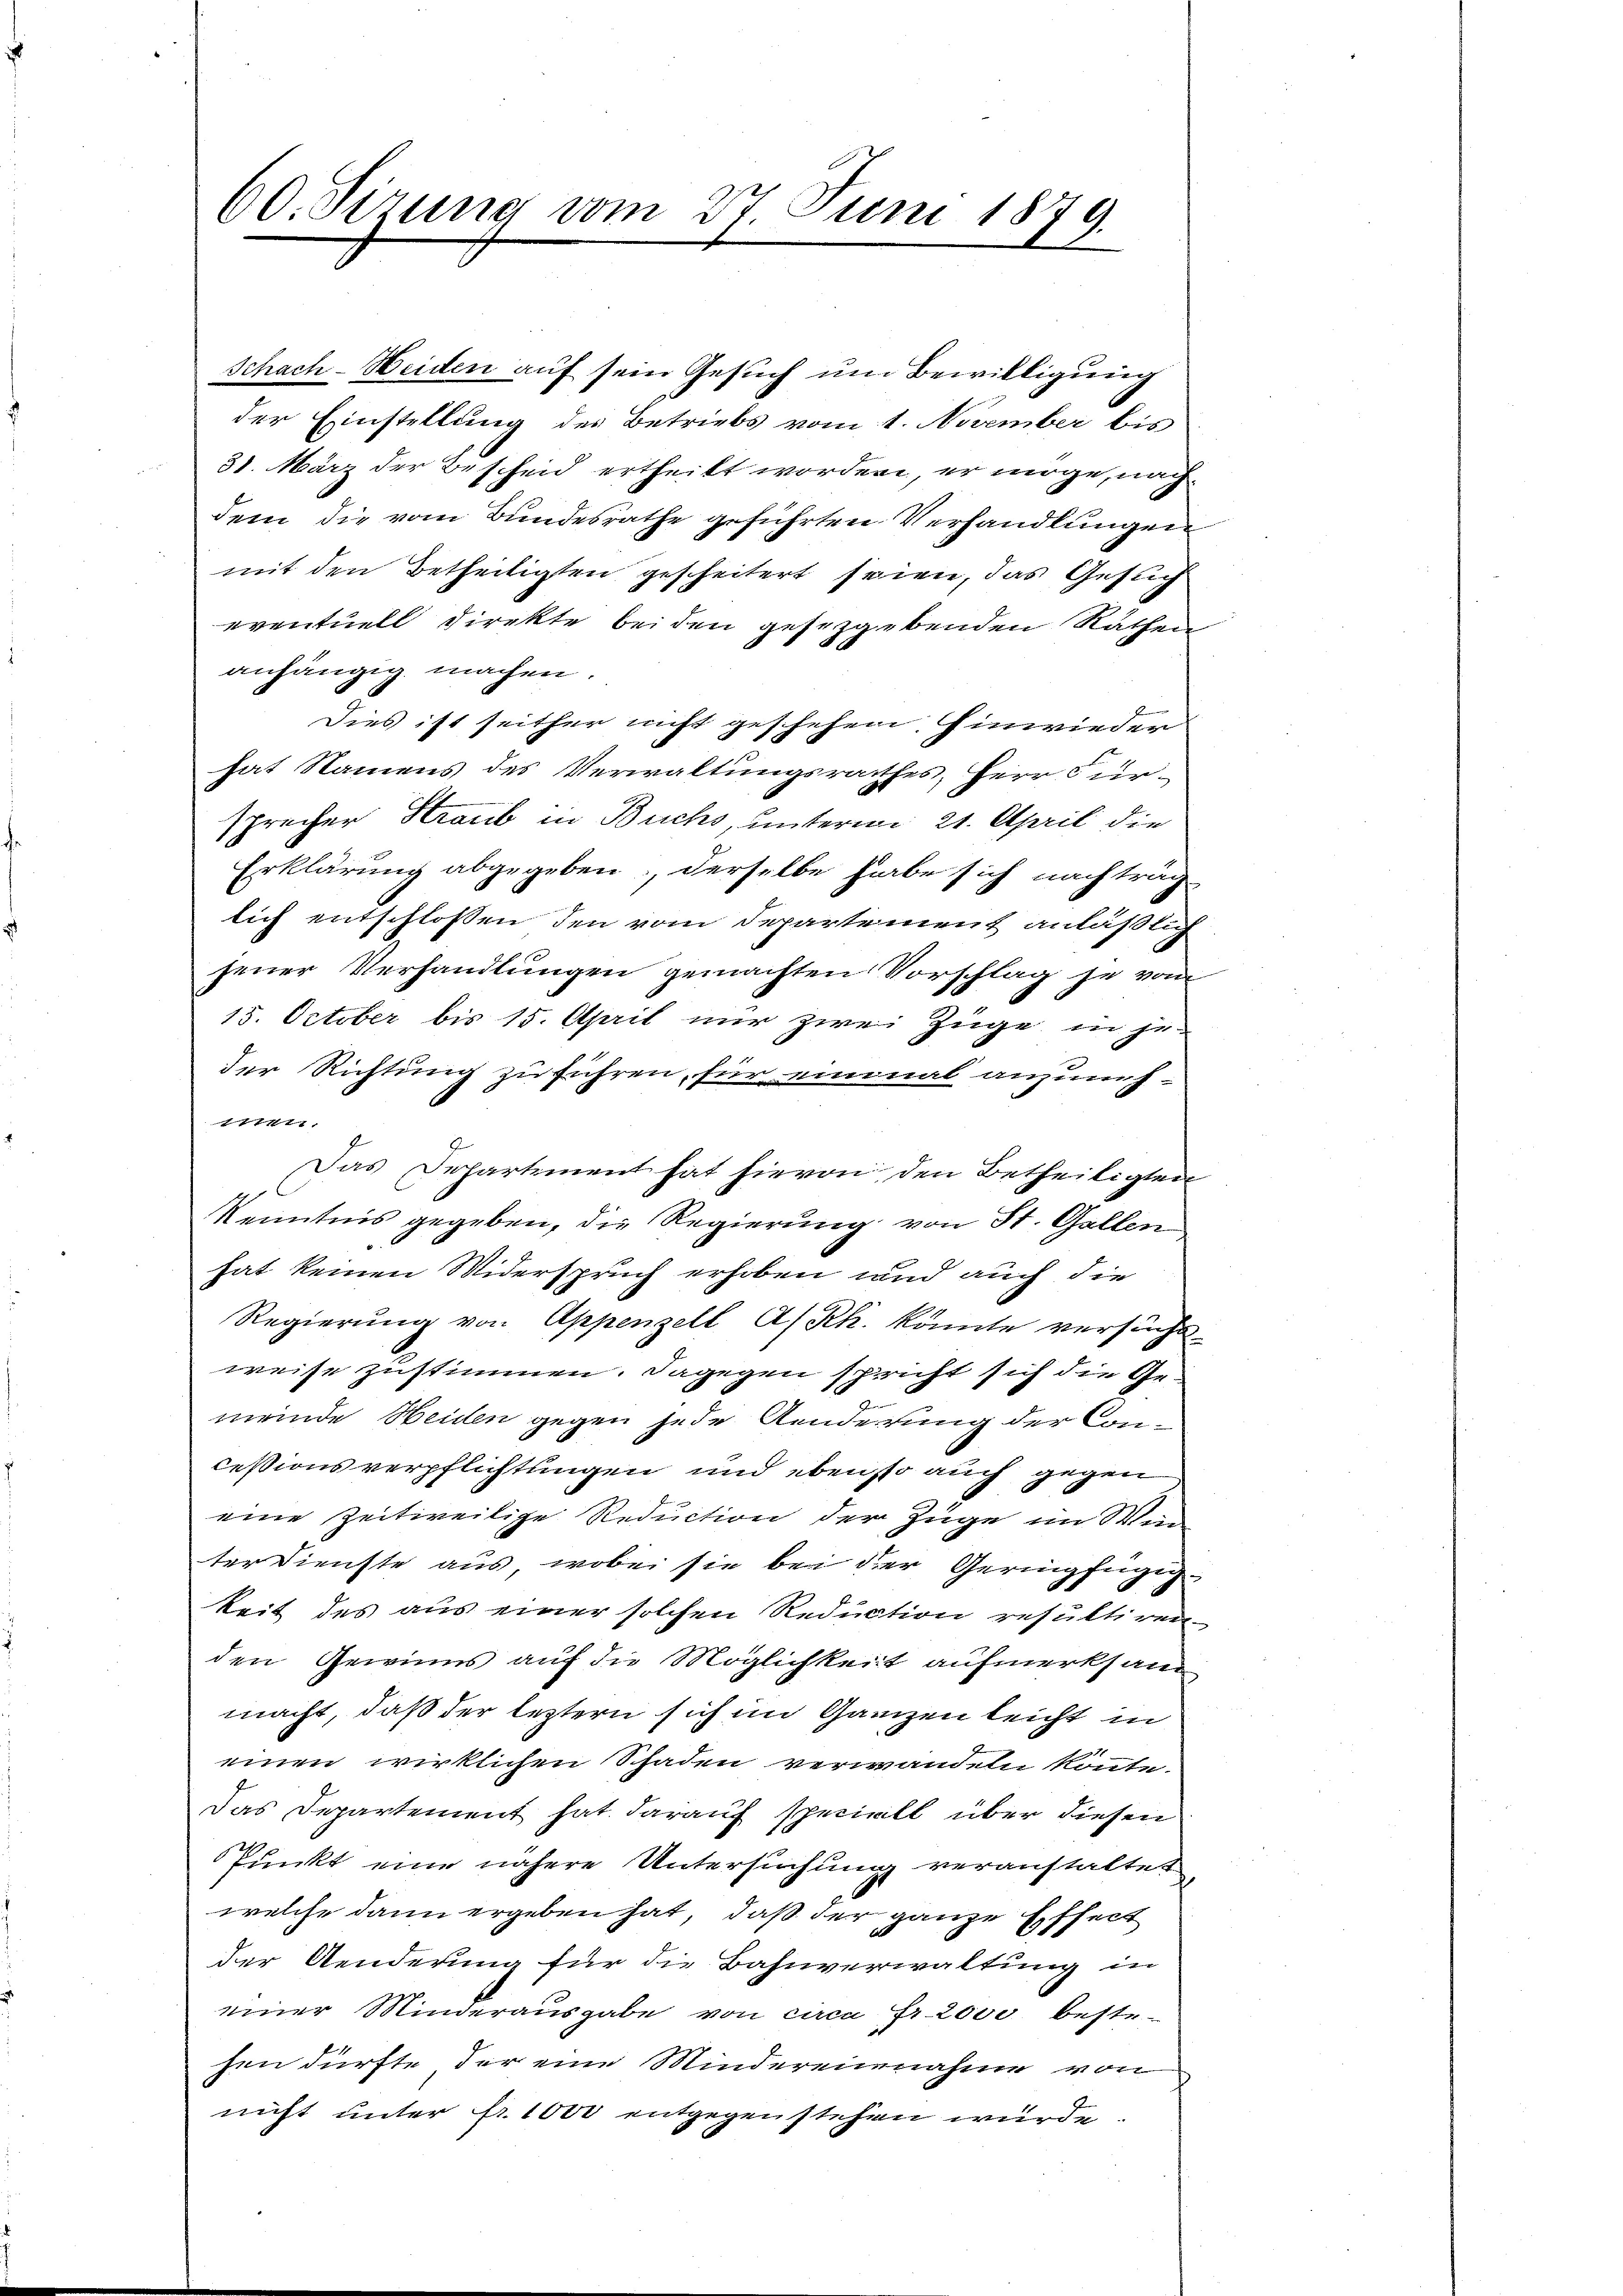
60. Sizung vom 27. Juni 1879.

Schach-Heiden auf sein Gesuch um Bewilligung
der Einstellung des Betriebs vom 1. November bis
31. März der Bescheid ertheilt worden, er möge, nachdem die vom Bundesrathe geführten Verhandlungen
mit den Betheiligten gescheitert seien, das Gesuch
eventuell direkte beiden gesetzgebenden Räthen
anhängig machen.
E
Dies ist seither nicht geschehen. Einwieder
hat Namens des Verwaltungsrathes, Herr Fürsprecher Straub in Buchs, unterm 21. April die
Erklärung abgegeben; derselbe habe sich nachträg
lich entschlossen den vom Departement anläßlich
jener Verhandlungen gemachten Vorschlag se vom
15. October bis 15. April nur zwei Züge in je-
der Richtung zu führen, für einmal anzunf¬
1sten.
Das Departement hat hievon den Betheiligten
Kenntnis gegeben, die Regierung von St. Gallen
hat keinen Widerspruch erhoben und auch die
Regierŭng von Appenzell A/Rh. könnte versucht
weise zustimmen. Dagegen spricht sich die Gemeinde Heiden gegen jede Aenderung der Concessionsverpflichtungen und ebenso auch gegen
eine Zeitweilige Reduction der Züge im Wein
terdienste aus, wobei sie bei der Geringfügigkeit des aus einer solchen Reduction resultiren
den Gewinns auf die Möglichkeit aufmerksam
macht, daß der leztern sich im Ganzen leicht in
einen wirklichen Schaden verwandeln könnte.
Das Departement hat darauf speciell über diesen
Punkt eine nähere Untersuchung veranstaltet
welche dann ergeben hat, daß der ganze Effect
der Aenderung für die Bahnverwaltung in
einer Minderausgabe von circa Fr. 2000 bestehen dürfte der eine Mindereinnahme von
nicht unter fr. 1000 entgegenstehen würde.

a